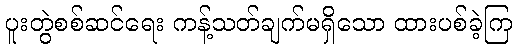
ပူးတွဲစစ်ဆင်ရေး ကန့်သတ်ချက်မရှိသော ထားပစ်ခဲ့ကြ